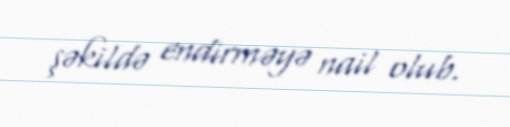
şəkildə endirməyə nail olub.